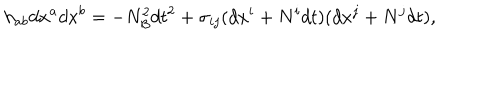
LaTeX: h _ { a b } d x ^ { a } d x ^ { b } = - N _ { \cal B } ^ { 2 } d t ^ { 2 } + \sigma _ { i j } ( d x ^ { i } + N ^ { i } d t ) ( d x ^ { j } + N ^ { j } d t ) ,